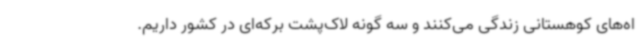
اه‌های کوهستانی زندگی می‌کنند و سه گونه لاک‌پشت برکه‌ای در کشور داریم.